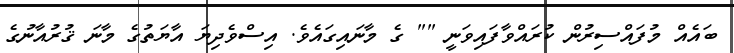
ބައެއް މުފައްސިރުން ކުރައްވާފައިވަނީ "" ގެ މާނައިގައެވެ. އިސްވެދިޔަ އާޔަތުގެ މާނަ ޤުރުއާނުގެ